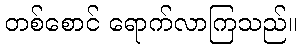
တစ်စောင် ရောက်လာကြသည်။